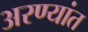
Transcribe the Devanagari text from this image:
अरण्यांत